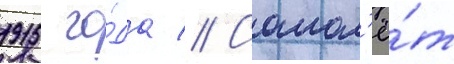
1915 го́да // Самол'ё́т